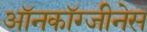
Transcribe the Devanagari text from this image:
ऑनकॉग्जीनेस